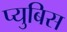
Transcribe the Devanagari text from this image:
प्युबिस